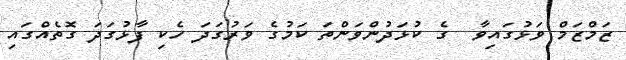
ޒަމްޒަމް ވަޅުގައިވާ  ގެ ކުޅަދުންވަންތަ ކަމުގެ ވަރުގަދަ ހެކި ފާޅުގަދަ ގޮތެއްގައި